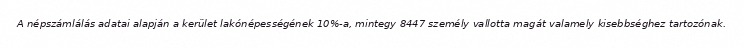
A népszámlálás adatai alapján a kerület lakónépességének 10%-a, mintegy 8447 személy vallotta magát valamely kisebbséghez tartozónak.